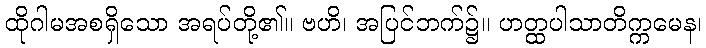
ထိုဂါမအစရှိသော အရပ်တို့၏။ ဗဟိ၊ အပြင်ဘက်၌။ ဟတ္ထပါသာတိက္ကမေန၊